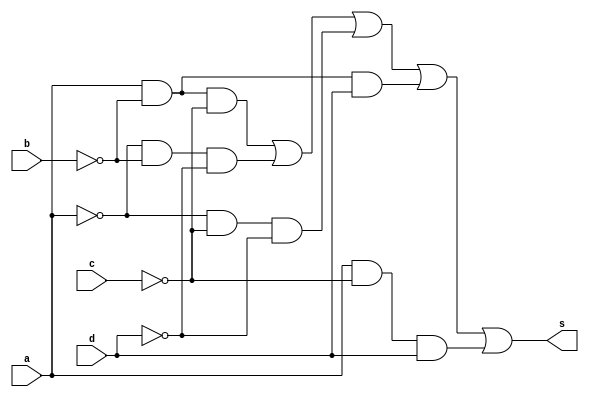
// ---------------------
// Guia08_02
// Nome: Luiz Felipe Fonseca
// ---------------------

// ---------------------
// -- module
// ---------------------

 module circuito (s, a, b, c, d);
 output s;
 input  a, b, c, d;
 wire w0, w1, w2, w3, w4, w7, w8;
 
 not NOT1 (w0, a);
 not NOT2 (w1, b);
 not NOT3 (w2, c);
 not NOT4 (w3, d);
 and  AND1 (w4, a, w1, w2);
 and  AND2 (w5, w0, w1, w3);
 and  AND3 (w6, w0, w2, w3);
 and  AND4 (w7, a, w1, d);
and  AND5 (w8, a, w2, d); 
or  OR1(s, w4, w5, w6, w7, w8);
    
 endmodule // circuito 

// ----------------------
// -- Exercicio0802
// ----------------------

 module Exercicio0802;
 reg   a, b, c, d;
 wire  s;
          // instancia
 circuito circuito02 (s, a, b, c,d);
 
          // parte principal
 initial begin
      $display("Exercicio0802");
      $display("Luiz Felipe Fonseca - 405817");
      $display("\na  b  c  d  =  s\n");
      $monitor("%b  %b  %b  %b  =  %b", a, b, c, d, s );   
	   a=0;b=0;c=0;d=0;
   #1 a=0;b=0;c=0;d=1;
   #1 a=0;b=0;c=1;d=0;
   #1 a=0;b=0;c=1;d=1;
   #1 a=0;b=1;c=0;d=0;
   #1 a=0;b=1;c=0;d=1;
   #1 a=0;b=1;c=1;d=0;
   #1 a=0;b=1;c=1;d=1;
   #1 a=1;b=0;c=0;d=0;
   #1 a=1;b=0;c=0;d=1;
   #1 a=1;b=0;c=1;d=0;
   #1 a=1;b=0;c=1;d=1;
   #1 a=1;b=1;c=0;d=0;
   #1 a=1;b=1;c=0;d=1;
   #1 a=1;b=1;c=1;d=0;
   #1 a=1;b=1;c=1;d=1;
     

 end

endmodule // Exercicio0802